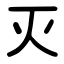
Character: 灭